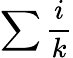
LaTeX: \sum\frac{i}{k}